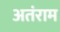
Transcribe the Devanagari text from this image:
अतंराम